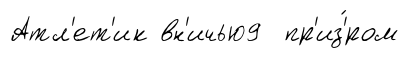
Атл'ет'ик вн'ичью9 пр'из'́ром